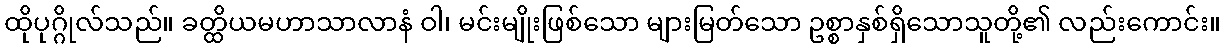
ထိုပုဂ္ဂိုလ်သည်။ ခတ္ထိယမဟာသာလာနံ ဝါ၊ မင်းမျိုးဖြစ်သော များမြတ်သော ဥစ္စာနှစ်ရှိသောသူတို့၏ လည်းကောင်း။